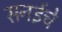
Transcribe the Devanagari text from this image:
सनईचे